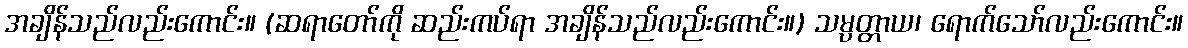
အချိန်သည်လည်းကောင်း။ (ဆရာတော်ကို ဆည်းကပ်ရာ အချိန်သည်လည်းကောင်း။) သမ္ပတ္တာယ၊ ရောက်သော်လည်းကောင်း။